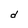
Character: d